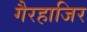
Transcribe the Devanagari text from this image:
गैरहाजिर